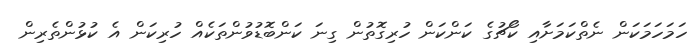
ހަމަހަމަކަން ނެތްކަމަށާއި ކޯޗުގެ ކަންކަން ހުރިގޮތުން ގިނަ ކަންބޮޑުވުންތަކެއް ހުރިކަން އެ ކުޅުންތެރިން